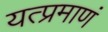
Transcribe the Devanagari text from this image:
यत्प्रमाणं